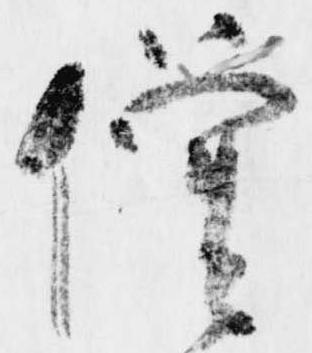
僧